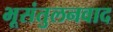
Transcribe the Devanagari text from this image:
भूसंतुलनवाद